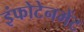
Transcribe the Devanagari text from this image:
इंफोटेनमेंट